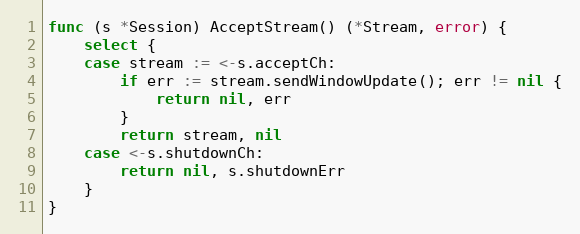
Language: Go
func (s *Session) AcceptStream() (*Stream, error) {
	select {
	case stream := <-s.acceptCh:
		if err := stream.sendWindowUpdate(); err != nil {
			return nil, err
		}
		return stream, nil
	case <-s.shutdownCh:
		return nil, s.shutdownErr
	}
}